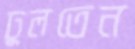
ঢুলতেন